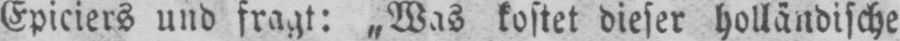
Epiciers und fragt: „Was kostet dieser holländische